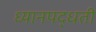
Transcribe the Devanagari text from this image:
ध्यानपद्धती